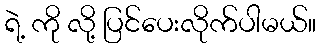
ရဲ့ ကို လို့ ပြင်ပေးလိုက်ပါမယ်။